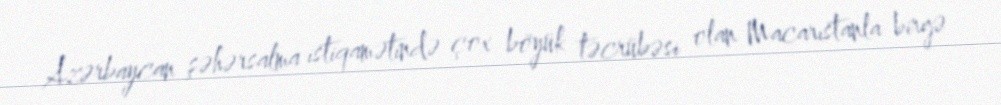
Azərbaycan şəhərsalma istiqamətində çox böyük təcrübəsi olan Macarıstanla birgə